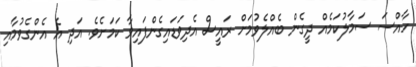
ހާއްސަ ސަމާލުކަމެއް ދީގެން ބެއްލެވުމަށް ރައީސް އެދިވަޑައިގެންފައިވާ ކަމަށެވެ. އަދި އެ އެންގެވުމާއި